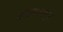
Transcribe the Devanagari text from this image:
कौलालांपूर